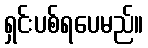
ရှင်းပစ်ရပေမည်။